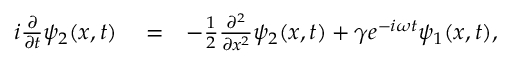
\begin{array} { r l r } { i \frac { \partial } { \partial t } \psi _ { 2 } ( x , t ) } & { { } = } & { - \frac { 1 } { 2 } \frac { \partial ^ { 2 } } { \partial x ^ { 2 } } \psi _ { 2 } ( x , t ) + \gamma e ^ { - i \omega t } \psi _ { 1 } ( x , t ) , } \end{array}